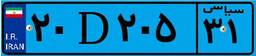
۲۰D۲۰۵۳۱